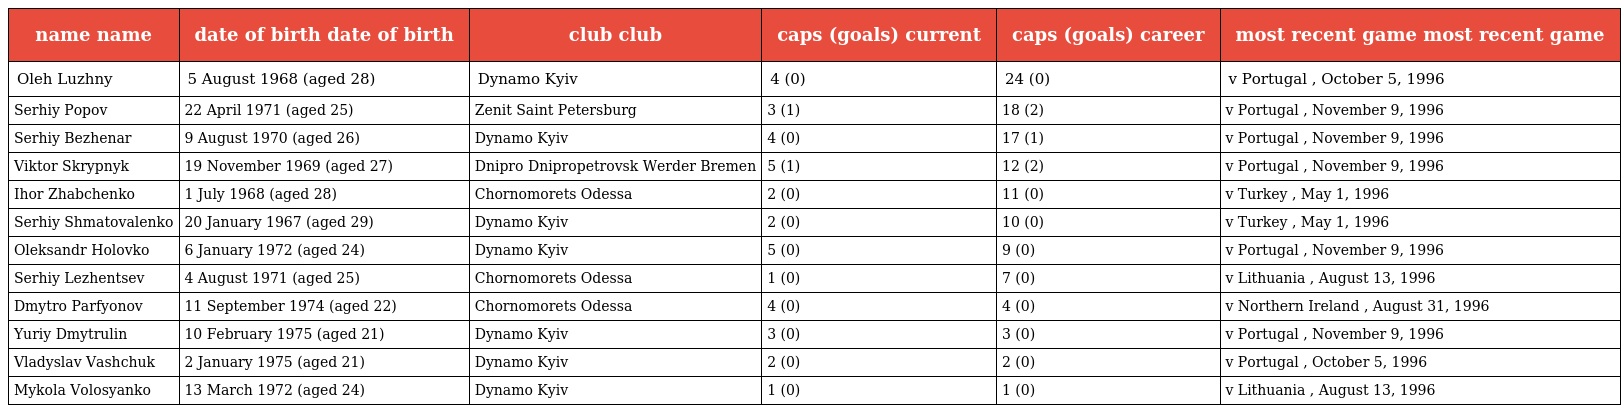
| name name | date of birth date of birth | club club | caps (goals) current | caps (goals) career | most recent game most recent game |
 | --- | --- | --- | --- | --- | --- |
 | Oleh Luzhny | 5 August 1968 (aged 28) | Dynamo Kyiv | 4 (0) | 24 (0) | v Portugal , October 5, 1996 |
 | Serhiy Popov | 22 April 1971 (aged 25) | Zenit Saint Petersburg | 3 (1) | 18 (2) | v Portugal , November 9, 1996 |
 | Serhiy Bezhenar | 9 August 1970 (aged 26) | Dynamo Kyiv | 4 (0) | 17 (1) | v Portugal , November 9, 1996 |
 | Viktor Skrypnyk | 19 November 1969 (aged 27) | Dnipro Dnipropetrovsk Werder Bremen | 5 (1) | 12 (2) | v Portugal , November 9, 1996 |
 | Ihor Zhabchenko | 1 July 1968 (aged 28) | Chornomorets Odessa | 2 (0) | 11 (0) | v Turkey , May 1, 1996 |
 | Serhiy Shmatovalenko | 20 January 1967 (aged 29) | Dynamo Kyiv | 2 (0) | 10 (0) | v Turkey , May 1, 1996 |
 | Oleksandr Holovko | 6 January 1972 (aged 24) | Dynamo Kyiv | 5 (0) | 9 (0) | v Portugal , November 9, 1996 |
 | Serhiy Lezhentsev | 4 August 1971 (aged 25) | Chornomorets Odessa | 1 (0) | 7 (0) | v Lithuania , August 13, 1996 |
 | Dmytro Parfyonov | 11 September 1974 (aged 22) | Chornomorets Odessa | 4 (0) | 4 (0) | v Northern Ireland , August 31, 1996 |
 | Yuriy Dmytrulin | 10 February 1975 (aged 21) | Dynamo Kyiv | 3 (0) | 3 (0) | v Portugal , November 9, 1996 |
 | Vladyslav Vashchuk | 2 January 1975 (aged 21) | Dynamo Kyiv | 2 (0) | 2 (0) | v Portugal , October 5, 1996 |
 | Mykola Volosyanko | 13 March 1972 (aged 24) | Dynamo Kyiv | 1 (0) | 1 (0) | v Lithuania , August 13, 1996 |